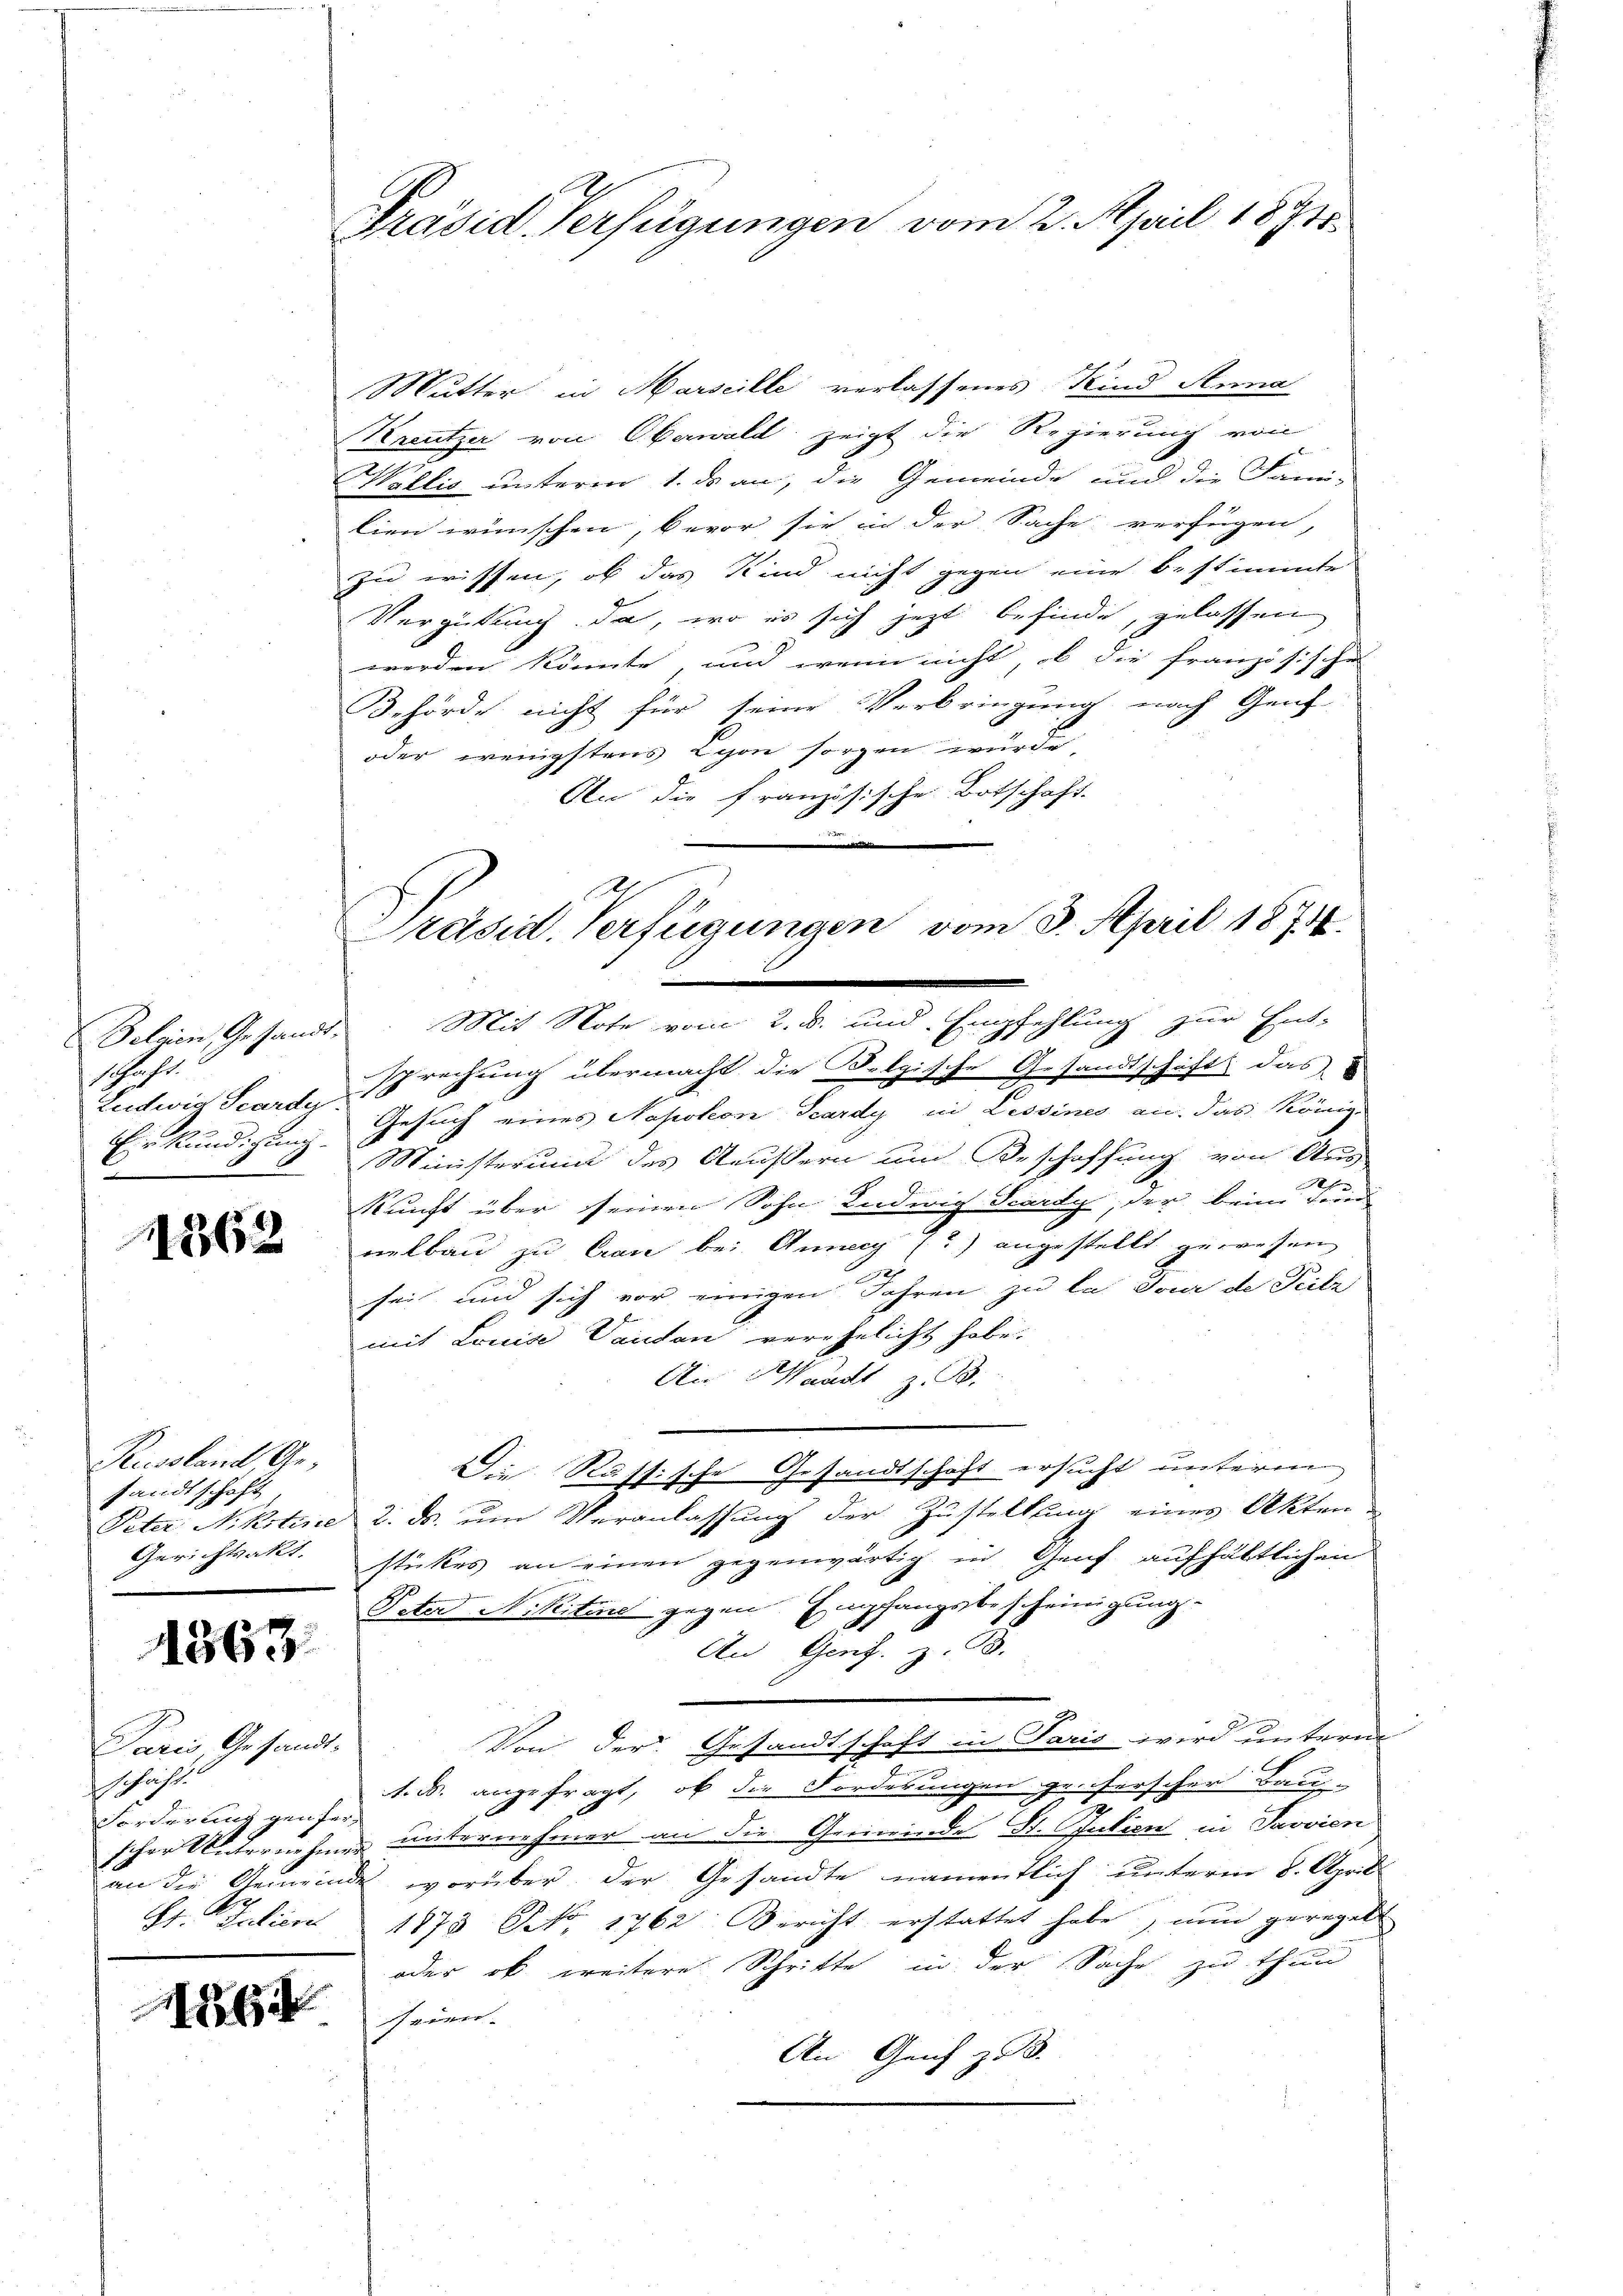
1Jaht.
Einkündigung.

1862

Russland Gesandtschaft
Gerichtsakt

1363.

Paris Gesandt-
schrift.
Forderung gen fer¬

Präsid. Verfügungen vom 2. April 1871.

Mutter in Harseille verlassenes Kind Anna
Kreutzer von Oberwald zeigt die Regierung von
Wallis unterm 1. ds an, die Gemeinde und die Fami-
lien wünschen, bevor sie in der Sache verfügen,
zu wissen, ob das Kind nicht gegen eine bestimmte
Vergütung da, wo es sich jetzt befinde, gelassen
werden könnte, und wenn nicht, ob die französische
Behörde nicht für seine Verbringung nach Genf-
oder wenigstens Lyon sorgen würde,
An die französische Botschaft-
Seleien, Gesandt. Mit Note vom 2. d. und Empfehlung zur Ent-
s
sprechung übermacht die Belgische Gesandtschaft das
Ludwig Scardy. Gesuch eines Napokon Scardy in Lessines an das König.
Ministerum des Aeußern und Beschaffung von Aus-
.
kunft über seinen Sohn Ludwig Scardy, der beim Feuer
nelbau zu Cran bei Anny (?) angestellt gewesen
27
sei und sich vor einigen Jahren zu las Jour de Pietr
mit Louise Vautan verehelicht habe.
Ain Waadt z. B.
Die Russische Gesandtschaft ersucht unterm
Peter Nikotine 2. ds. um Veranlassung der Zustellung eines Akten
stickes an einen gegenwärtig in Genf aufhältlichen
Peter Nikitere gegen Empfangsbescheinigung.
An Genf. z. B.
J
Von der Gesandtschaft in Paris wird unterm
1. d. angefragt, ob die Forderungen geherscher Bau-
e
scher Unternehmen unternehmer an die Gemeinde St. Ofution in Javvien
an die Gemeinde, worüber der Gesandte namentlich unterm 8. April
11. Julien 1873 NNo. 1762. Bericht erstattet habe, nun geregelt
oder ob weitere Schritte in der Sache zu thun
1882 seinen.
An Genf z. B.

Präsid. Verfügungen vom 3. April 1874.
r